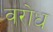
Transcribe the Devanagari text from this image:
वरोध